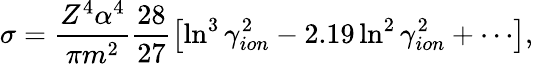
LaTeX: \sigma=\frac{Z^{4}\alpha^{4}}{\pi m^{2}}\frac{28}{27}\left[\ln^{3}\gamma_{ion}^{2}-2.19\ln^{2}\gamma_{ion}^{2}+\cdots\right],